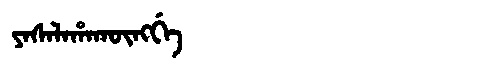
Manchu: ᠶᠠᠰᠠᠯᠠᡥᠠᡴᡡᠩᡤᡝ
Romanization: YASALAHAKŪNGGE